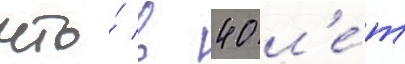
что́ в 40 л'е́т